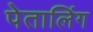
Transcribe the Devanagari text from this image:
पेतालिंग